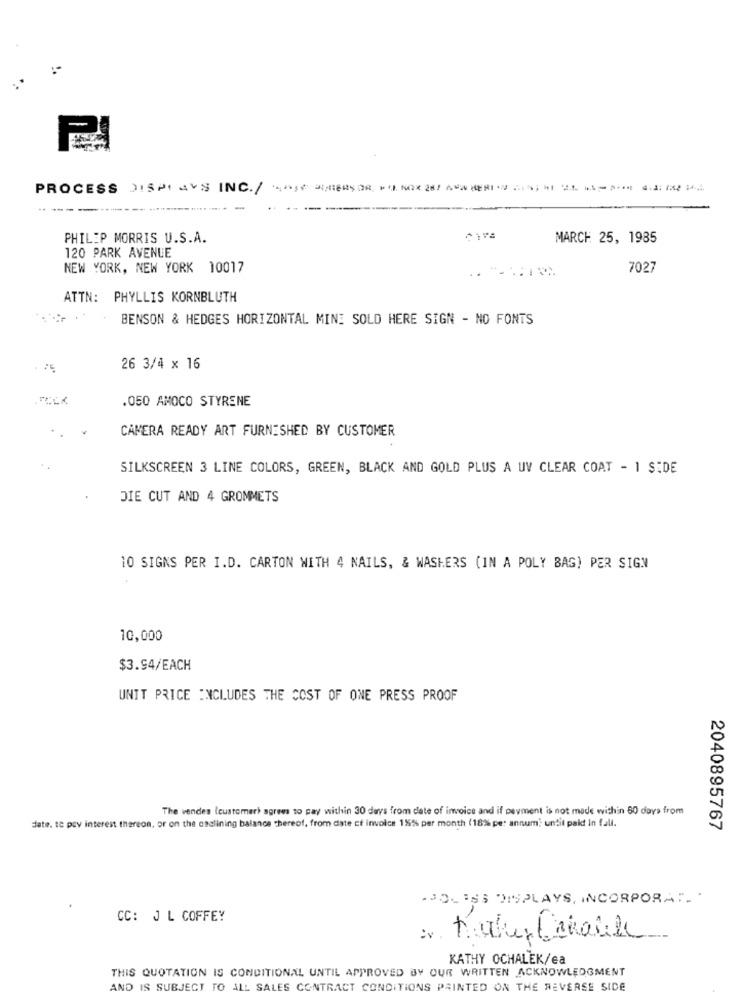
PROCESS DISPLAYS INC./
----------
PHILIP MORRIS U.S.A.
MARCH 25, 1985
120 PARK AVENUE
NEW YORK, NEW YORK 10017
7027
ATTN: PHYLLIS KORNBLUTH
BENSON & HEDGES HORIZONTAL MINE SOLD HERE SIGN - NO FONTS
26 3/4 x 16
.050 AMOCO STYRENE
CAMERA READY ART FURNISHED BY CUSTOMER
SILKSCREEN 3 LINE COLORS, GREEN, BLACK AND GOLD PLUS A UV CLEAR COAT - 1 SEDE
DIE CUT AND 4 GROMMETS
10 SIGNS PER I.D. CARTON WITH 4 NAILS, & WASHERS (IN A POLY BAG) PER SIGN
10,000
$3.94/EACH
UNIT PRICE INCLUDES THE COST OF ONE PRESS PROOF
The vendes (customer) agrees to pay within 30 days from date of invoice and if pevment is not made within 80 days from
date. te pey interest thereon, or on the csclining balance thereof, from date ct invoice 115% per month (18%% pe: annum: until pakt In full.
2040895767
. SO ISS DISPLAYS, INCORPORAT.
CC: J L COFFEY
f
KATHY OCHALEK/ea
THIS QUOTATION IS CONDITIONAL UNTIL APPROVED BY OUR WRITTEN ACKNOWLEDGMENT
AND IS SUBJECT TO ALL SALES CONTRACT CONDITIONS PRINTED ON THE REVERSE SIDE